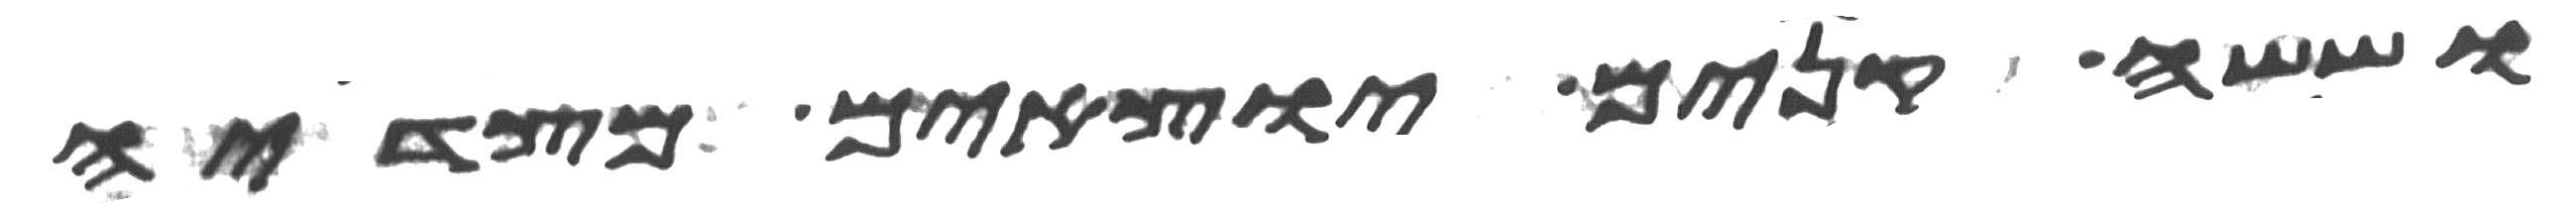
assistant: וששה קנים יוצאים מצדיה